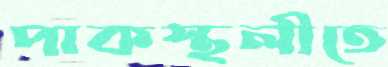
পাকস্থলীতে